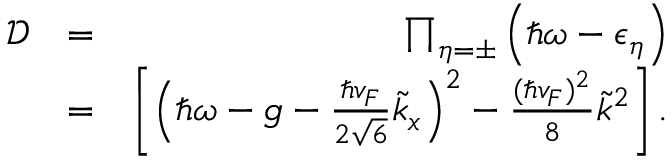
\begin{array} { r l r } { \mathcal { D } } & { = } & { \prod _ { \eta = \pm } \left( \hbar \omega - \epsilon _ { \eta } \right) } \\ & { = } & { \left[ \left( \hbar \omega - g - \frac { \hbar v _ { F } } { 2 \sqrt { 6 } } \tilde { k } _ { x } \right) ^ { 2 } - \frac { ( \hbar v _ { F } ) ^ { 2 } } { 8 } \tilde { k } ^ { 2 } \right] . } \end{array}